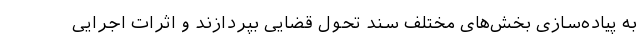
به پیاده‌سازی بخش‌های مختلف سند تحول قضایی بپردازند و اثرات اجرایی